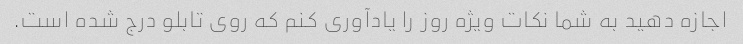
اجازه دهید به شما نکات ویژه روز را یادآوری کنم که روی تابلو درج شده است.